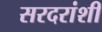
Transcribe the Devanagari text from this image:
सरदरांशी